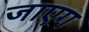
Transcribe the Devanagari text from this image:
जाएग